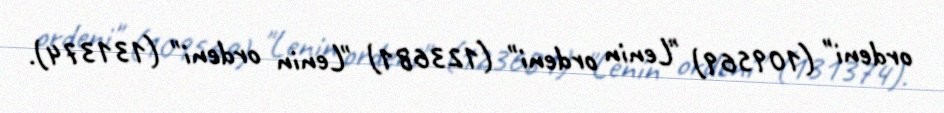
ordeni" (109569) "Lenin ordeni" (123681) "Lenin ordeni" (131374).